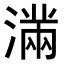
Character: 𭲞